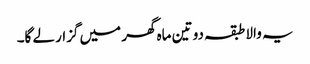
یہ والا طبقہ دو تین ماہ گھر میں گزار لے گا۔